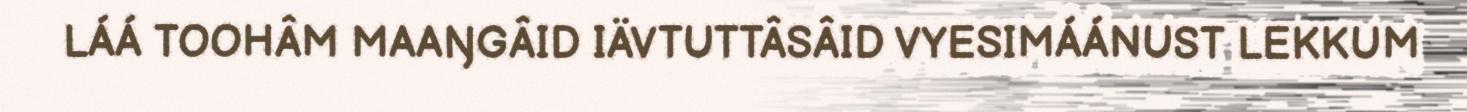
LÁÁ TOOHÂM MAAŊGÂID IÄVTUTTÂSÂID VYESIMÁÁNUST LEKKUM